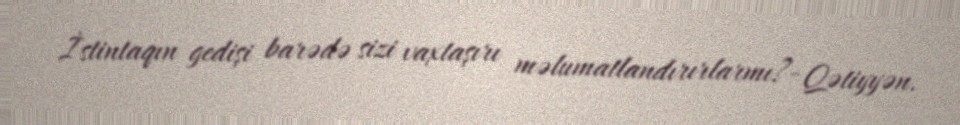
İstintaqın gedişi barədə sizi vaxtaşırı məlumatlandırırlarmı?- Qətiyyən.